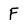
Character: F